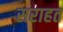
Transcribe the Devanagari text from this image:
सराहत